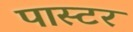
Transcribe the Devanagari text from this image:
पास्‍टर